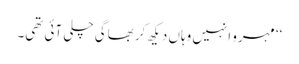
‘‘ مہرو انہیں وہاں دیکھ کر بھاگی چلی آئی تھی۔